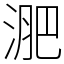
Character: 淝